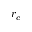
r _ { c }